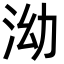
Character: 泑